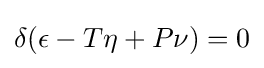
\displaystyle \delta (\epsilon -T\eta +P\nu )=0